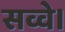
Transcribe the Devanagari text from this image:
सव्वे।